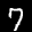
Label: 7